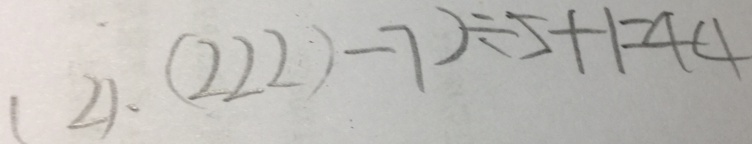
( 2 ) . ( 2 2 2 ) - 7 ) \div 5 + 1 = 4 4